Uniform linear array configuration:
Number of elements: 8
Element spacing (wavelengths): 0.75
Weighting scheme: hamming
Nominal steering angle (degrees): -30
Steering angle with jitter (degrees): -31.058
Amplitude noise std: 0.05
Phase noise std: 0.05

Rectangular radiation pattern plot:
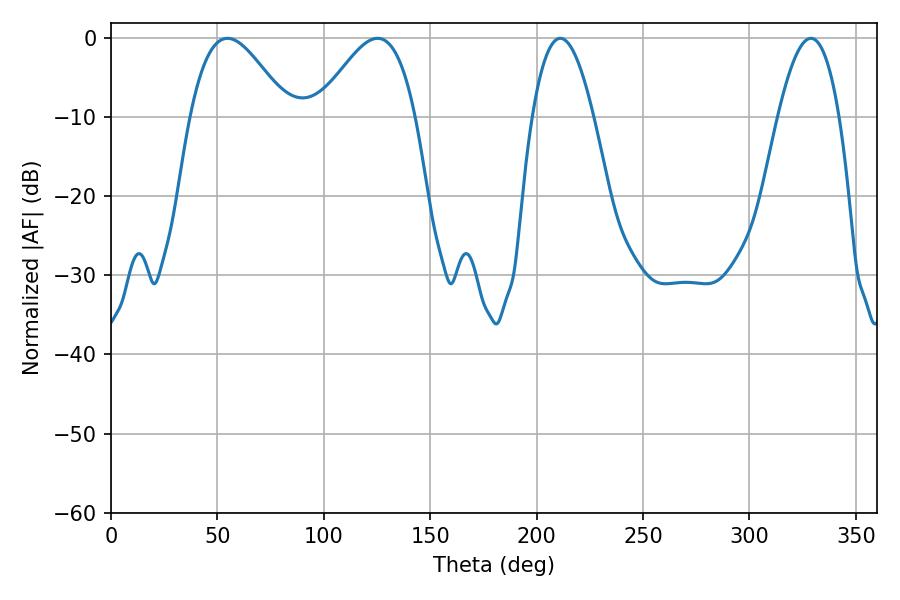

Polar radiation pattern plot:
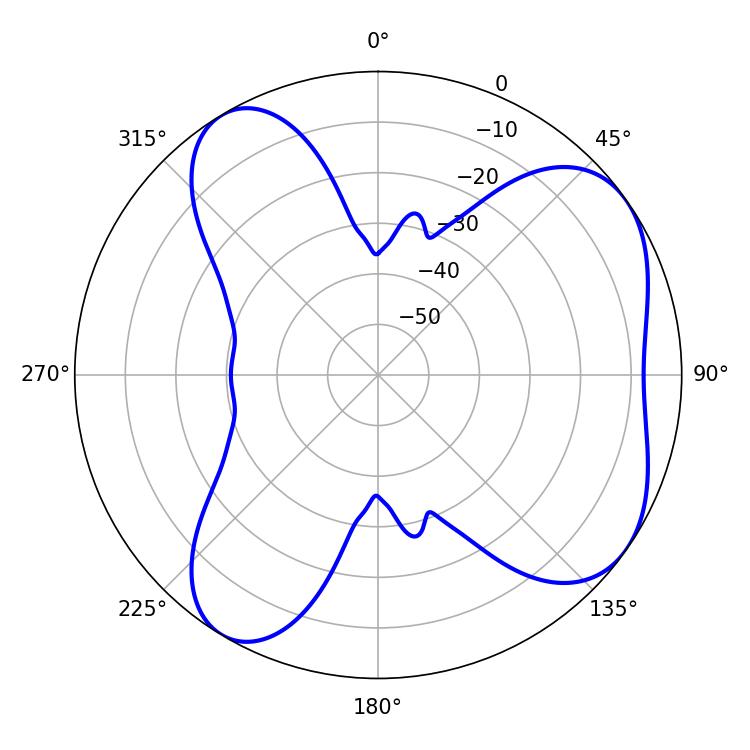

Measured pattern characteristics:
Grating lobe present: TRUE
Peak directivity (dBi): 5.954
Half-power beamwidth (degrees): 24.84
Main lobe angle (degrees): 54.72